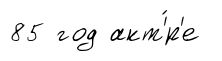
85 год акт'́р'е